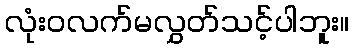
လုံးဝလက်မလွှတ်သင့်ပါဘူး။